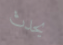
يحدث